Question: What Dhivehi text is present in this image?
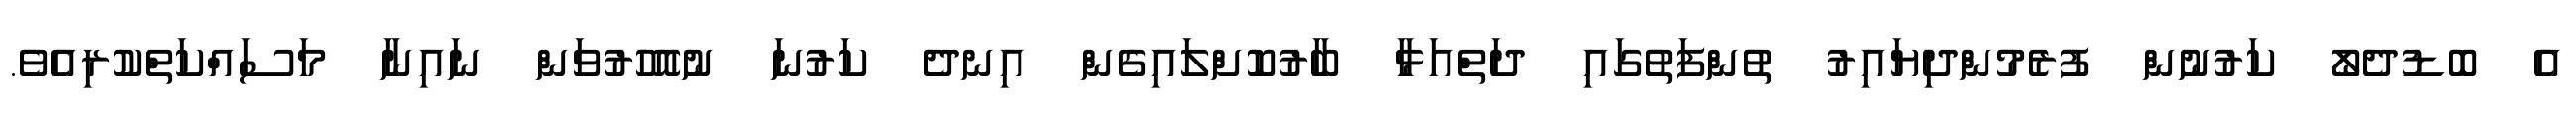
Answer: އެ ބޮޑުދެލޯ ކަރުނުން ފުރެމުންދިޔައިރު ތުންފަތުގައި ދަތްއަޅާ ބާރުކޮށްލައިގެން އިނދެ ކަރުނަ ނުއޮހުރުވަން ނައިނާ މަސައްކަތްކުރިއެވެ.